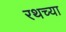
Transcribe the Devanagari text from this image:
रथच्या